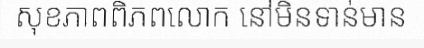
សុខភាពពិភពលោក នៅមិនទាន់មាន